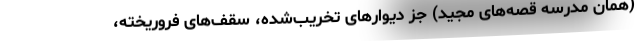
(همان مدرسه قصه‌های مجید) جز دیوارهای تخریب‌شده، سقف‌های فروریخته،